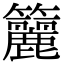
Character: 籭